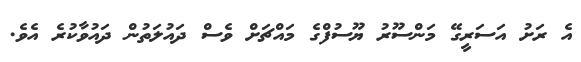
އެ ރަށު އަސަރީގޭ މަންސޫރު ޔޫސުފްގެ މައްޗަށް ވެސް ދައުލަތުން ދައުވާކުރެ އެވެ.